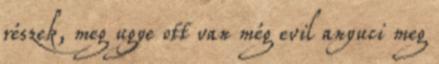
részek, meg ugye ott van még evil anyuci meg